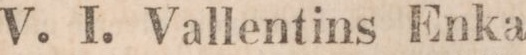
V. I. Vallentins Enka